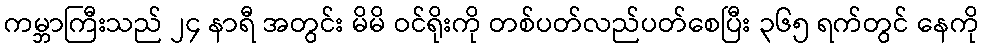
ကမ္ဘာကြီးသည် ၂၄ နာရီ အတွင်း မိမိ ဝင်ရိုးကို တစ်ပတ်လည်ပတ်စေပြီး ၃၆၅ ရက်တွင် နေကို